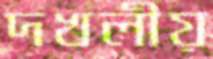
দখলীয়